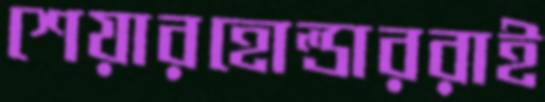
শেয়ারহোল্ডাররাই